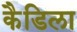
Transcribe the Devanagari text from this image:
कैडिला